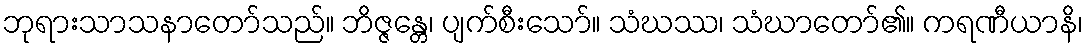
ဘုရားသာသနာတော်သည်။ ဘိဇ္ဇန္တေ၊ ပျက်စီးသော်။ သံဃဿ၊ သံဃာတော်၏။ ကရဏီယာနိ၊